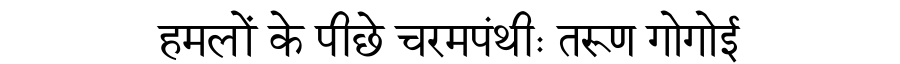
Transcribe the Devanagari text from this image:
हमलों के पीछे चरमपंथीः तरूण गोगोई